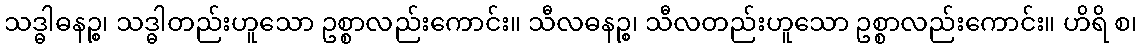
သဒ္ဓါဓနဉ္စ၊ သဒ္ဓါတည်းဟူသော ဥစ္စာလည်းကောင်း။ သီလဓနဉ္စ၊ သီလတည်းဟူသော ဥစ္စာလည်းကောင်း။ ဟိရိ စ၊